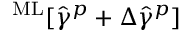
^ \mathrm { M L } [ \hat { \gamma } ^ { p } + \Delta \hat { \gamma } ^ { p } ]